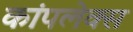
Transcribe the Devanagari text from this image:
कांपलेक्स